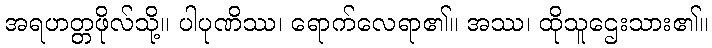
အရဟတ္တဖိုလ်သို့။ ပါပုဏိဿ၊ ရောက်လေရာ၏။ အဿ၊ ထိုသူဌေးသား၏။